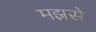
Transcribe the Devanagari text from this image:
मझसे